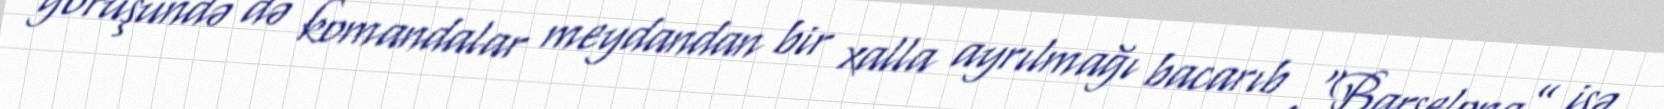
görüşündə də komandalar meydandan bir xalla ayrılmağı bacarıb .“Barselona” isə